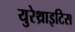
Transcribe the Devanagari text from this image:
युरेथ्राइटिस